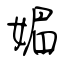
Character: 媚